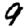
Digit: 9